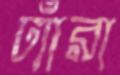
ঢ্যাঁরা